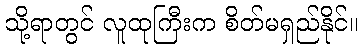
သို့ရာတွင် လူထုကြီးက စိတ်မရှည်နိုင်။